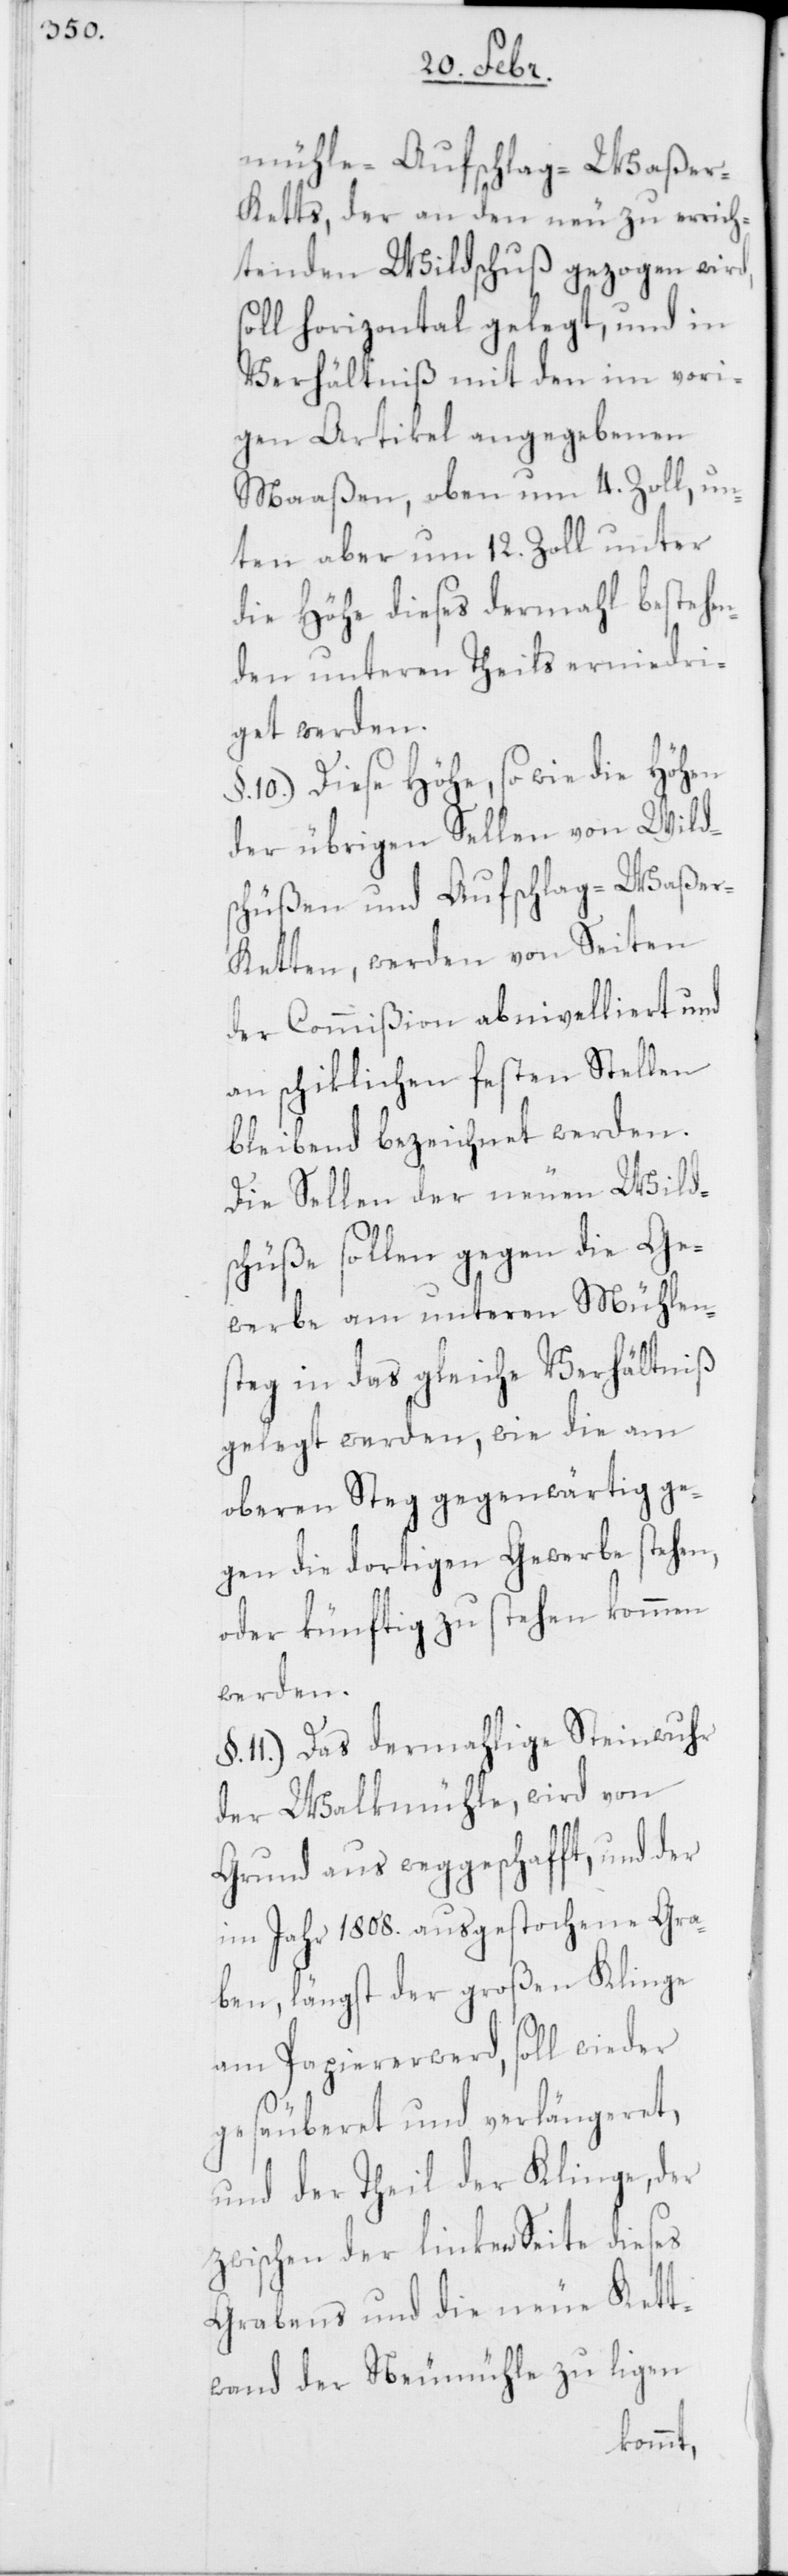
mühle-Aufschlag-Waßer-K¬
etts, der an den neu zu errich¬
tenden Wildschuß gezogen wird,
soll horizontal gelegt, und in
Verhältniß mit den im vori¬
gen Artikel angegebenen
Maaßen, oben um 4. Zoll, un¬
ten aber um 12. Zoll unter
die Höhe dieses dermahl bestehen¬
den unteren Theils erniedri¬
get werden.
§. 10.) Diese Höhe, so wie die Höhen
der übrigen Sellen von Wilds¬
chüßen und Aufschlag-Waße¬
r-Ketten, werden von Seiten
der Commißion abnivelliert und
an schiklichen festen Stellen
bleibend bezeichnet werden.
Die Sellen der neuen Wilds¬
chüße sollen gegen die Ge¬
werbe am unteren Mühlens¬
teg in das gleiche Verhältniß
gelegt werden, wie die am
oberen Steg gegenwärtig ge¬
gen die dortigen Gewerbe stehen,
oder künftig zu stehen kommen
werden.
11.) Das dermahlige Steinwuhr
der Walkmühle, wird von
Grund aus weggeschafft, und der
im Jahr 1808. ausgestochene Gra¬
ben, längst der großen Klinge
am Papiererwerd, soll wieder
gesäuberet und verlängeret,
und der Theil der Klinge, der
zwischen der linken Seite dieses
Grabens und die neue Kett¬
wand der Neumühle zu ligen